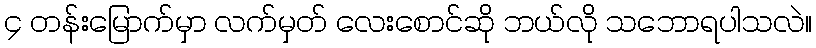
၄ တန်းမြောက်မှာ လက်မှတ် လေးစောင်ဆို ဘယ်လို သဘောရပါသလဲ။